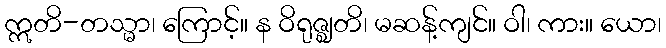
ဣတိ-တသ္မာ၊ ကြောင့်။ န ဝိရုဇ္ဈတိ၊ မဆန့်ကျင်။ ဝါ၊ ကား။ ယော၊